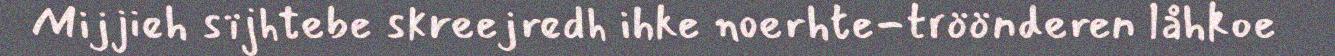
Mijjieh sïjhtebe skreejredh ihke noerhte-tröönderen låhkoe